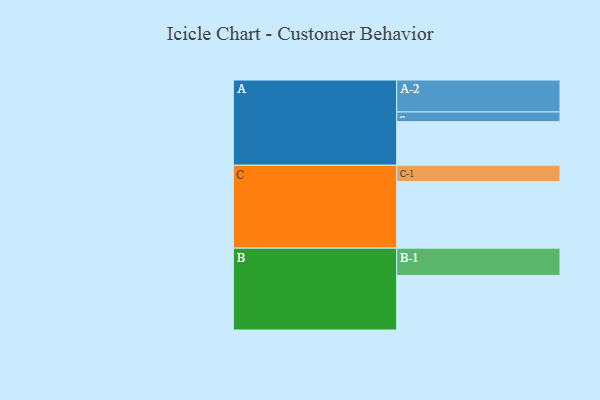
{"axis": {"x": "Segment", "y": "Value"}, "legend": ["", "A", "B", "C"], "data": [{"x": "A", "y": 372, "type": ""}, {"x": "B", "y": 466, "type": ""}, {"x": "C", "y": 569, "type": ""}, {"x": "A-1", "y": 83, "type": "A"}, {"x": "A-2", "y": 273, "type": "A"}, {"x": "B-1", "y": 233, "type": "B"}, {"x": "C-1", "y": 139, "type": "C"}]}